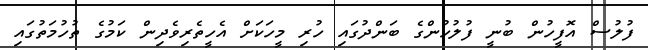
ފުލުސް އޮފީހުން ބުނީ ފުލުހުންގެ ބަންދުގައި ހުރި މީހަކަށް އެހީތެރިވެދިން ކަމުގެ ތުހުމަތުގައި